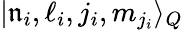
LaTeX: |\mathfrak{n}_{i},\ell_{i},j_{i},m_{j_{i}}\rangle_{Q}